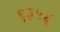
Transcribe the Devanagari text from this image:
६३५६